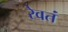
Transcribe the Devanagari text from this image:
रेवतं